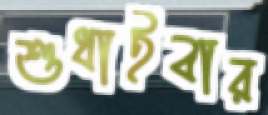
শুধাইবার